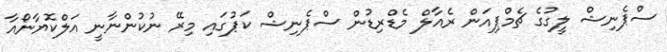
ސްޕެނިޝް ލީގުގެ ޗެމްޕިއަން ރެއާލް މެޑްރިޑުން ސްޕެނިޝް ކަޕުގައި މިރޭ ނުކުންނާނީ އަލްކޮޔާނޯއާ